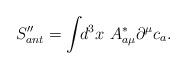
LaTeX: \begin{align*}S_{ant}^{\prime \prime }=\int \!\!d^3x~A_{a\mu }^{*}\partial ^\mu c_a.\end{align*}